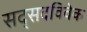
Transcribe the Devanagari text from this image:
सद्सदविवेक